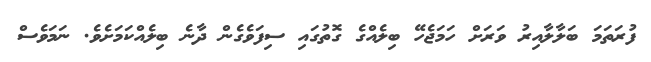
ފުރަތަމަ ބަލާލާއިރު ވަރަށް ހަމަޖެހޭ ބިލެއްގެ ގޮތުގައި ސިފަވެގެން ދާނެ ބިލެއްކަމަށެވެ. ނަމަވެސް